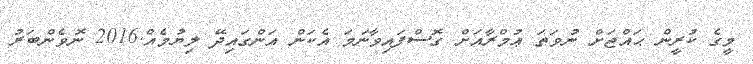
މީގެ ކުރީން ޙައްޖަށް ނުވަތަ ޢުމްރާއަށް ގޮސްފައިވާނަމަ އެކަން އަންގައިދޭ ލިޔުމެއް.2016 ނޮވެންބަރު